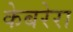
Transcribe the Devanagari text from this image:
केबरेरा